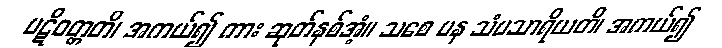
ပဋိဝတ္တတိ၊ အကယ်၍ ကား ဆုတ်နစ်အံ့။ သစေ ပန သံပသာရိယတိ၊ အကယ်၍